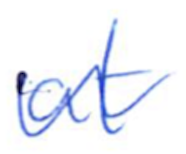
Text: at
Cross-out: wave
Writing tool: ballpoint